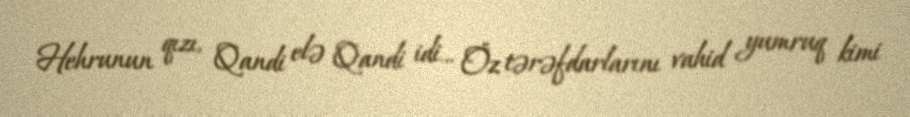
Hehrunun qızı, Qandi elə Qandi idi... Öz tərəfdarlarını vahid yumruq kimi